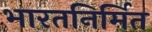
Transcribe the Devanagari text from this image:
भारतनिर्मित